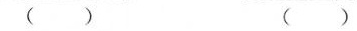
（）（）